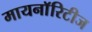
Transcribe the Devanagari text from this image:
मायनाॅरिटीज